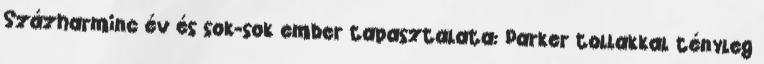
Százharminc év és sok-sok ember tapasztalata: Parker tollakkal tényleg